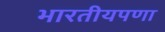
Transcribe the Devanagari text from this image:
भारतीयपणा